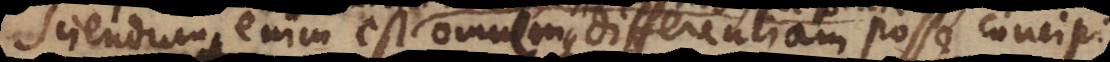
Sciendum enim est omnemque differentiam posse concipi